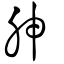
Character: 胂